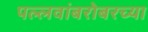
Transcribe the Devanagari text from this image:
पल्लवांबरोबरच्या